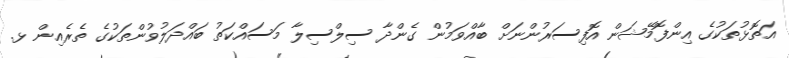
އަތޮޅުތަކުގެ އިންފޮމޭޝަން އޮފިސަރުންނަށް ބާއްވަމުން ގެންދާ ސިލްސިލާ މަސައްކަތު ބައްދަލުވުންތަކުގެ ތެރެއިން ޅ.